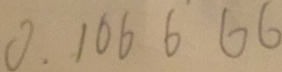
0 . 1 0 6 6 6 6